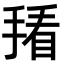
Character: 𪮒